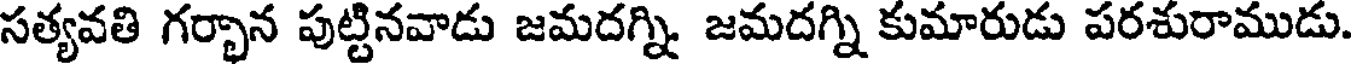
సత్యవతి గర్చాన పుట్టినవాడు జమదగ్ని జమదగ్ని కుమారుడు పరశురాముడు.